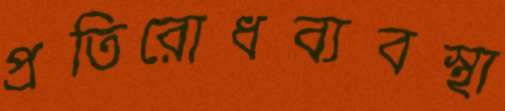
প্রতিরোধব্যবস্থা